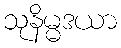
သုနိမ္မဒယာ